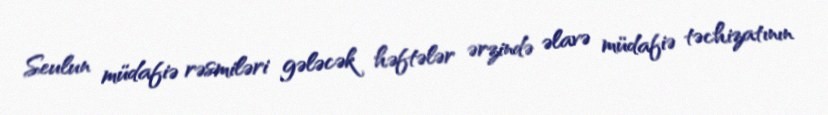
Seulun müdafiə rəsmiləri gələcək həftələr ərzində əlavə müdafiə təchizatının